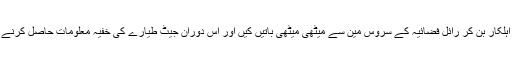
جاسوس نے خاتون اہلکار بن کر رائل فضائیہ کے سروس مین سے میٹھی میٹھی باتیں کیں اور اس دوران جیٹ طیارے کی خفیہ معلومات حاصل کرنے میں کامیاب ہو گیا۔